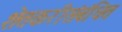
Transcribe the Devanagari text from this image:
शेतकरीसंबंधित